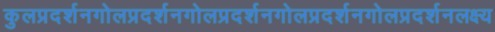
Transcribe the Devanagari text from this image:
कुलप्रदर्शनगोलप्रदर्शनगोलप्रदर्शनगोलप्रदर्शनगोलप्रदर्शनलक्ष्य